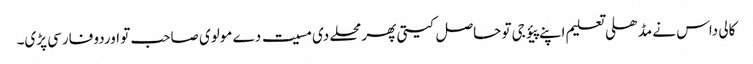
کالی داس نے مڈھلی تعلیم اپنے پیؤ جی تو حاصل کیتی پھر محلے دی مسیت دے مولوی صاحب تو اوردو فارسی پڑی۔